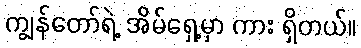
ကျွန်တော်ရဲ့ အိမ်ရှေ့မှာ ကား ရှိတယ်။